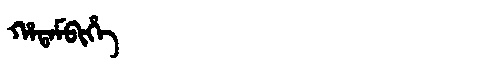
Manchu: ᡥᠠᡨᠠᠮᠪᡳᡥᡝ
Romanization: HATAMBIHE